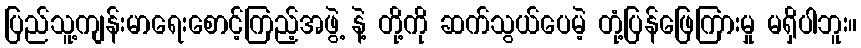
ပြည်သူ့ကျန်းမာရေးစောင့်ကြည့်အဖွဲ့ နဲ့ တို့ကို ဆက်သွယ်ပေမဲ့ တုံ့ပြန်ဖြေကြားမှု မရှိပါဘူး။